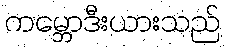
ကမ္ဘောဒီးယားသည်